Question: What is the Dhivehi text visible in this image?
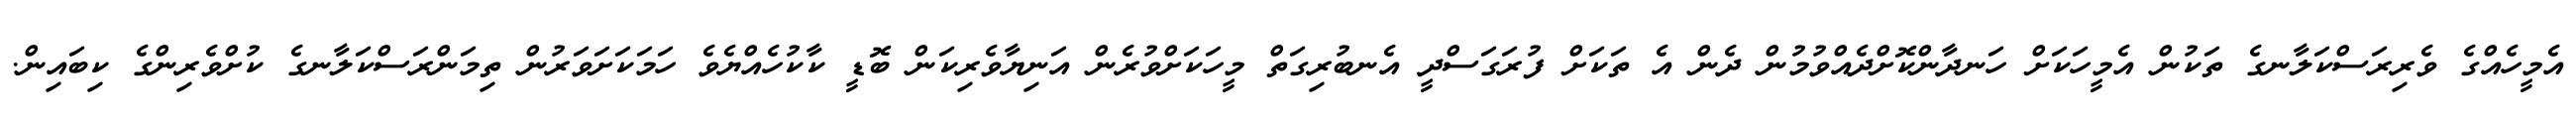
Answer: އެމީހެއްގެ ވެރިރަސްކަލާނގެ ތަކުން އެމީހަކަށް ހަނދާންކޮށްދެއްވުމުން ދެން އެ ތަކަށް ފުރަގަސްދީ އެނބުރިގަތް މީހަކަށްވުރެން އަނިޔާވެރިކަން ބޮޑީ ކާކުހެއްޔެވެ ހަމަކަށަވަރުން ތިމަންރަސްކަލާނގެ ކުށްވެރިންގެ ކިބައިން.